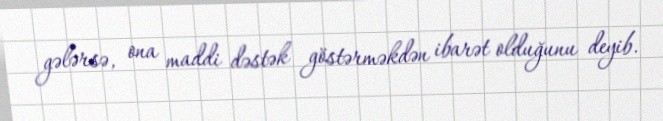
gələrsə, ona maddi dəstək göstərməkdən ibarət olduğunu deyib.